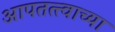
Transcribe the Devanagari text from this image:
आपतत्त्वाच्या